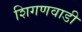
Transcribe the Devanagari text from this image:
शिगणवाडी